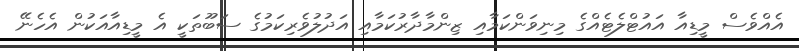
އެއްވެސް މީޑިއާ އައުޓްލެޓެއްގެ މިނިވަންކަމާއި ޒިންމާދާރުކަމާއި އަދުލުވެރިކަމުގެ ސަބޫތަކީ އެ މީޑިއާއަކުން އެހެނޭ